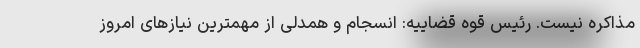
مذاکره نیست. رئیس قوه قضاییه: انسجام و همدلی از مهمترین نیازهای امروز